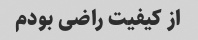
از کیفیت راضی بودم